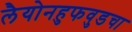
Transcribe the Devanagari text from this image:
लैयोनहुफवुडचा